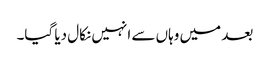
بعد میں وہاں سے انہیں نکال دیا گیا۔